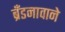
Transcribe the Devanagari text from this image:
ब्रँडनावाने